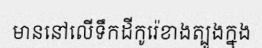
មាននៅលើទឹកដីកូរ៉េខាងត្បូងក្នុង